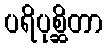
ပရိပုစ္ဆိတာ